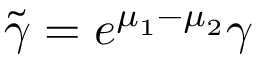
\tilde { \gamma } = e ^ { \mu _ { 1 } - \mu _ { 2 } } \gamma